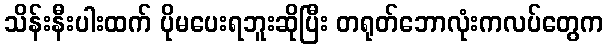
သိန်းနီးပါးထက် ပိုမပေးရဘူးဆိုပြီး တရုတ်ဘောလုံးကလပ်တွေက